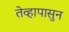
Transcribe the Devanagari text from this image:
तेव्हापासुन